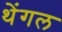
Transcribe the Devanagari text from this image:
थेंगल